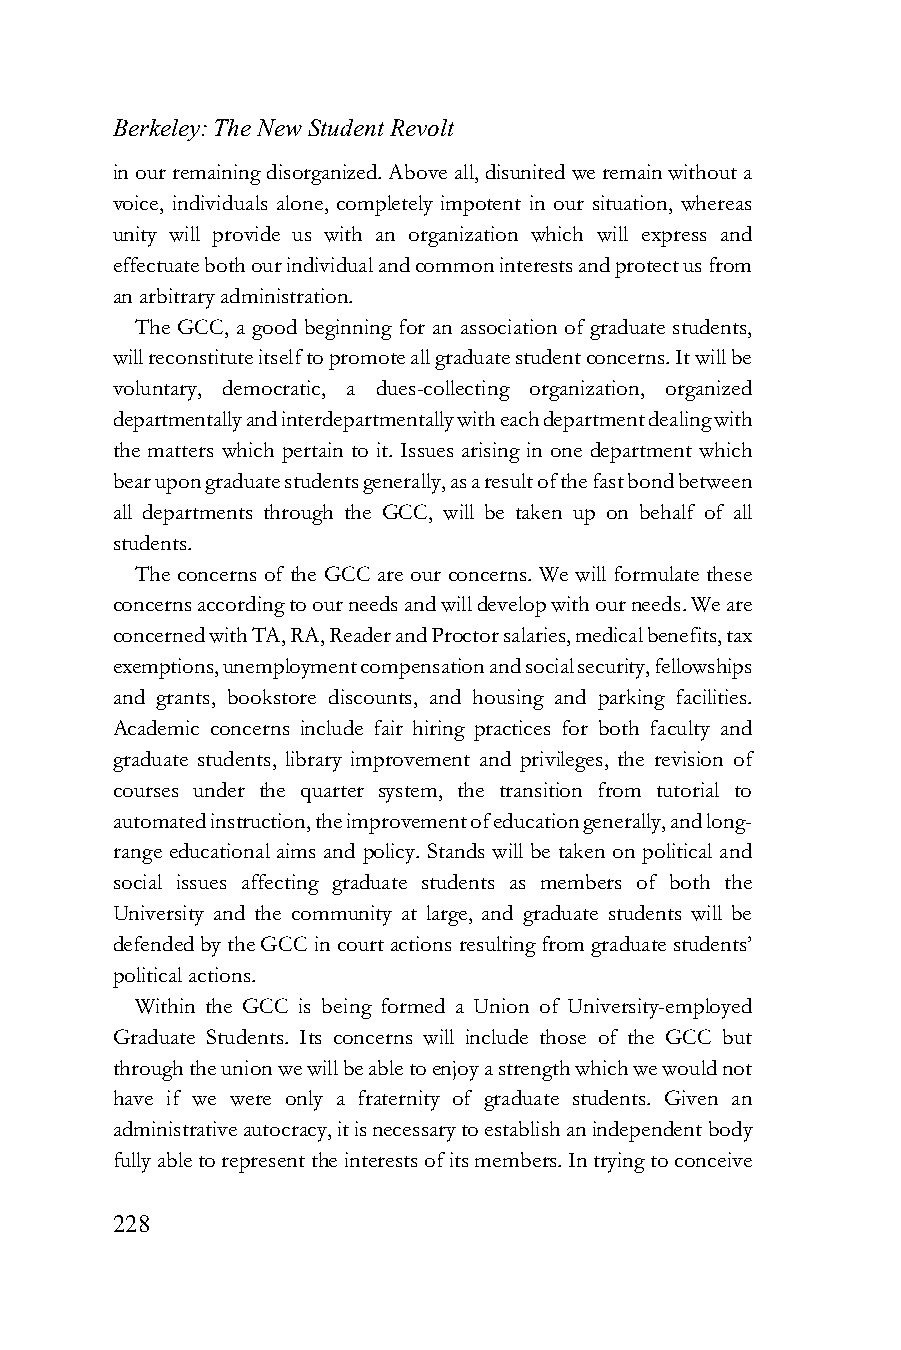
Berkeley: The New Student Revolt
 in our remaining disorganized. Above all, disunited we remain without a
 voice, individuals alone, completely impotent in our situation, whereas
 unity will provide us with an organization which will express and
 effectuate both our individual and common interests and protect us from
 an arbitrary administration.
 The GCC, a good beginning for an association of graduate students,
 will reconstitute itself to promote all graduate student concerns. It will be
 voluntary, democratic, a dues-collecting organization, organized
 departmentally and interdepartmentally with each department dealing with
 the matters which pertain to it. Issues arising in one department which
 bear upon graduate students generally, as a result of the fast bond between
 all departments through the GCC, will be taken up on behalf of all
 students.
 The concerns of the GCC are our concerns. We will formulate these
 concerns according to our needs and will develop with our needs. We are
 concerned with TA, RA, Reader and Proctor salaries, medical benefits, tax
 exemptions, unemployment compensation and social security, fellowships
 and grants, bookstore discounts, and housing and parking facilities.
 Academic concerns include fair hiring practices for both faculty and
 graduate students, library improvement and privileges, the revision of
 courses under the quarter system, the transition from tutorial to
 automated instruction, the improvement of education generally, and long-
 range educational aims and policy. Stands will be taken on political and
 social issues affecting graduate students as members of both the
 University and the community at large, and graduate students will be
 defended by the GCC in court actions resulting from graduate students’
 political actions.
 Within the GCC is being formed a Union of University-employed
 Graduate Students. Its concerns will include those of the GCC but
 through the union we will be able to enjoy a strength which we would not
 have if we were only a fraternity of graduate students. Given an
 administrative autocracy, it is necessary to establish an independent body
 fully able to represent the interests of its members. In trying to conceive
 228